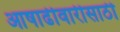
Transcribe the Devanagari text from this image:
आषाढीवारीसाठी